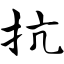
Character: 抗